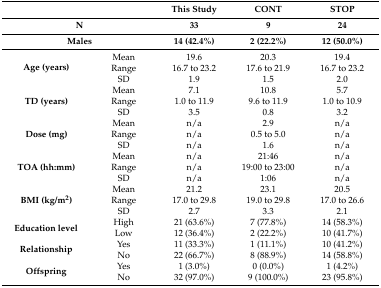
<table><thead><tr><td colspan="2"></td><td><b>This Study</b></td><td><b>CONT</b></td><td><b>STOP</b></td></tr><tr><td colspan="2"><b>N</b></td><td><b>33</b></td><td><b>9</b></td><td><b>24</b></td></tr><tr><td colspan="2"><b>Males</b></td><td><b>14 (42.4%)</b></td><td><b>2 (22.2%)</b></td><td><b>12 (50.0%)</b></td></tr></thead><tbody><tr><td rowspan="3"><b>Age (years)</b></td><td>Mean</td><td>19.6</td><td>20.3</td><td>19.4</td></tr><tr><td>Range</td><td>16.7 to 23.2</td><td>17.6 to 21.9</td><td>16.7 to 23.2</td></tr><tr><td>SD</td><td>1.9</td><td>1.5</td><td>2.0</td></tr><tr><td rowspan="3"><b>TD (years)</b></td><td>Mean</td><td>7.1</td><td>10.8</td><td>5.7</td></tr><tr><td>Range</td><td>1.0 to 11.9</td><td>9.6 to 11.9</td><td>1.0 to 10.9</td></tr><tr><td>SD</td><td>3.5</td><td>0.8</td><td>3.2</td></tr><tr><td rowspan="3"><b>Dose (mg)</b></td><td>Mean</td><td>n/a</td><td>2.9</td><td>n/a</td></tr><tr><td>Range</td><td>n/a</td><td>0.5 to 5.0</td><td>n/a</td></tr><tr><td>SD</td><td>n/a</td><td>1.6</td><td>n/a</td></tr><tr><td rowspan="3"><b>TOA (hh:mm)</b></td><td>Mean</td><td>n/a</td><td>21:46</td><td>n/a</td></tr><tr><td>Range</td><td>n/a</td><td>19:00 to 23:00</td><td>n/a</td></tr><tr><td>SD</td><td>n/a</td><td>1:06</td><td>n/a</td></tr><tr><td rowspan="3"><b>BMI (kg/m<sup>2</sup>)</b></td><td>Mean</td><td>21.2</td><td>23.1</td><td>20.5</td></tr><tr><td>Range</td><td>17.0 to 29.8</td><td>19.0 to 29.8</td><td>17.0 to 26.6</td></tr><tr><td>SD</td><td>2.7</td><td>3.3</td><td>2.1</td></tr><tr><td rowspan="2"><b>Education level</b></td><td>High</td><td>21 (63.6%)</td><td>7 (77.8%)</td><td>14 (58.3%)</td></tr><tr><td>Low</td><td>12 (36.4%)</td><td>2 (22.2%)</td><td>10 (41.7%)</td></tr><tr><td rowspan="2"><b>Relationship</b></td><td>Yes</td><td>11 (33.3%)</td><td>1 (11.1%)</td><td>10 (41.2%)</td></tr><tr><td>No</td><td>22 (66.7%)</td><td>8 (88.9%)</td><td>14 (58.8%)</td></tr><tr><td rowspan="2"><b>Offspring</b></td><td>Yes</td><td>1 (3.0%)</td><td>0 (0.0%)</td><td>1 (4.2%)</td></tr><tr><td>No</td><td>32 (97.0%)</td><td>9 (100.0%)</td><td>23 (95.8%)</td></tr></tbody></table>